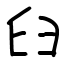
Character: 𦥑